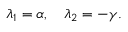
\lambda _ { 1 } = \alpha , \quad \lambda _ { 2 } = - \gamma .